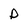
Character: D